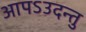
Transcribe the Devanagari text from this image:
आपऽउदन्तु